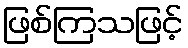
ဖြစ်ကြသဖြင့်